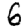
Digit: 6